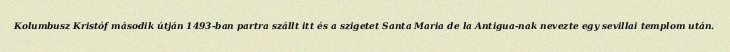
Kolumbusz Kristóf második útján 1493-ban partra szállt itt és a szigetet Santa Maria de la Antigua-nak nevezte egy sevillai templom után.